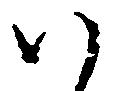
ハ